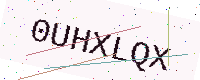
Text: 0UHXLQX